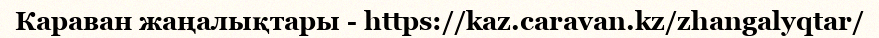
Караван жаңалықтары - https://kaz.caravan.kz/zhangalyqtar/